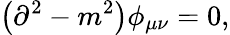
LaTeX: \left(\partial^{2}-m^{2}\right)\phi_{\mu\nu}=0,